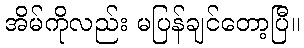
အိမ်ကိုလည်း မပြန်ချင်တော့ပြီ။